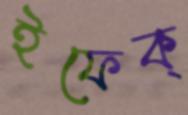
ইফেক্